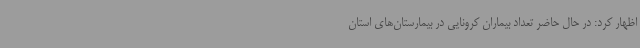
اظهار کرد: در حال حاضر تعداد بیماران کرونایی در بیمارستان‌های استان